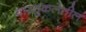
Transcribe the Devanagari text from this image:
वास्तुकलेतील